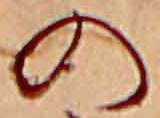
の